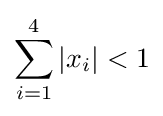
\sum _{i=1}^{4}\vert x_{i}\vert <1